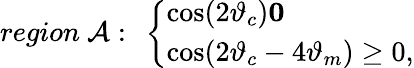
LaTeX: region~{\cal A}:~\left\{ \begin{array}{l}{{\cos(2\vartheta_{c})\le 0}}\\ {{\cos(2\vartheta_{c}-4\vartheta_{m})\ge 0,}}\end{array}\right.